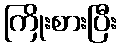
ကြိုးစားပြီး